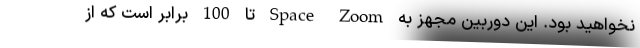
نخواهید بود. این دوربین مجهز به Space Zoom تا 100 برابر است که از